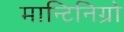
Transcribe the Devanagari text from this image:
मान्टिनिग्रो